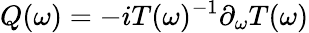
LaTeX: Q(\omega)=-iT(\omega)^{-1}\partial_{\omega}T(\omega)